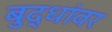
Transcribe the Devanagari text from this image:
बुद्धांवर